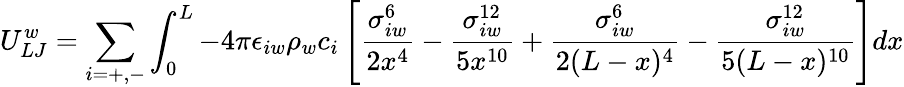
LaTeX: U_{LJ}^{w}=\sum_{i=+,-}\int_{0}^{L}-4\pi\epsilon_{iw}\rho_{w}c_{i}\left[\frac{\sigma_{iw}^{6}}{2x^{4}}-\frac{\sigma_{iw}^{12}}{5x^{10}}+\frac{\sigma_{iw}^{6}}{2(L-x)^{4}}-\frac{\sigma_{iw}^{12}}{5(L-x)^{10}}\right]dx